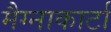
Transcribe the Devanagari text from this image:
मैग्नाकार्टा